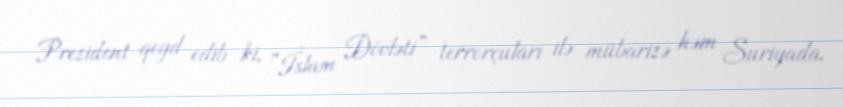
Prezident qeyd edib ki, “İslam Dövləti” terrorçuları ilə mübarizə həm Suriyada,